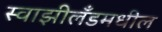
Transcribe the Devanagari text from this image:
स्वाझीलँडमधील